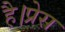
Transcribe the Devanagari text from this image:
है।प्रेस